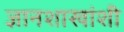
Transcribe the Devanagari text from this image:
ज्ञानशाखांशी